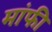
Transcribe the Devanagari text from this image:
मांफी